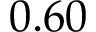
0 . 6 0